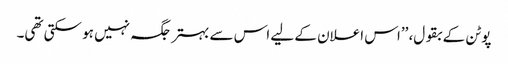
پوٹن کے بقول، ’’اس اعلان کے لیے اس سے بہتر جگہ نہیں ہو سکتی تھی۔